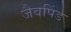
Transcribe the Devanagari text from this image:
जैवपिंड